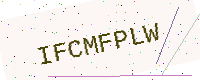
Text: IFCMFPLW